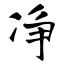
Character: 净